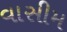
વાસીમ